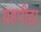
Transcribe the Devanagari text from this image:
ग्रहपीड़ा